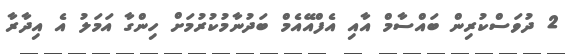
2 ދުވަަސްކުރިން ބައްސާމް އާއި އެފްއޭއެމް ބަދުނާމުކުރުމަށް ހިންގާ އަމަލު އެ އިދާރާ